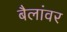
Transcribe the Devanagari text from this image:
बैलांवर